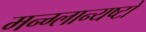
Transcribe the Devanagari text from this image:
मन्ग्लान्यष्टो